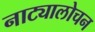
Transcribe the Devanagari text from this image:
नाट्यालोचन